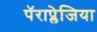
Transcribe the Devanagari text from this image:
पॅराप्लेजिया